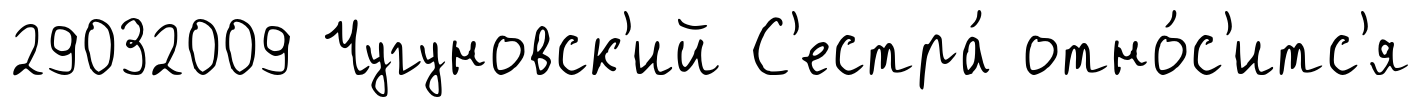
29032009 Чугуновск'ий С'естра́ отно́с'итс'я